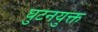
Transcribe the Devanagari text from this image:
घुटनयुक्त